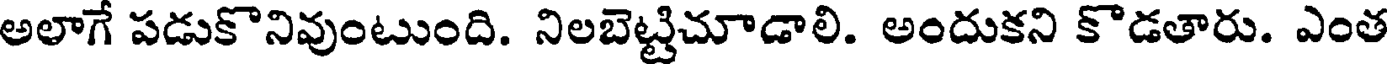
అలాగే పడుకొనివుంటుంది. నిలబెట్టిచూడాలి. అందుకని కొడతారు. ఎంత